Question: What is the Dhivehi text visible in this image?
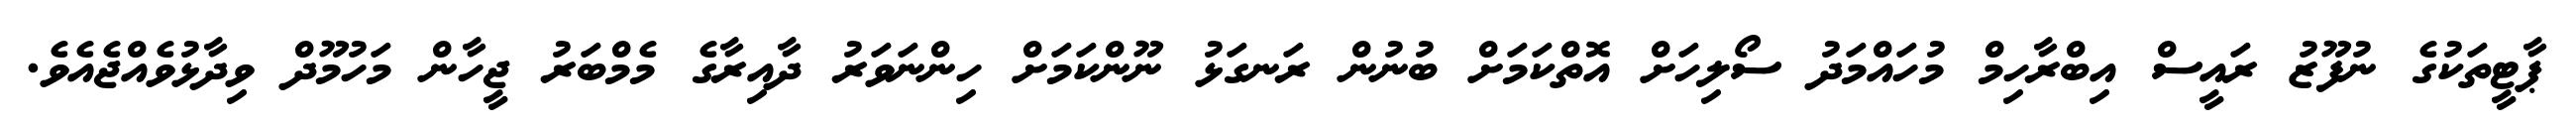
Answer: ޕާޓީތަކުގެ ނުފޫޒު ރައީސް އިބްރާހިމް މުހައްމަދު ސޯލިހަށް އޮތްކަމަށް ބުނުން ރަނގަޅު ނޫންކަމަށް ހިންނަވަރު ދާއިރާގެ މެމްބަރު ޖީހާން މަހުމޫދް ވިދާޅުވެއްޖެއެވެ.